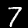
Digit: 7